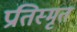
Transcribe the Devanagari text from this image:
प्रतिस्मृत